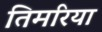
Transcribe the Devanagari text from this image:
तिमरिया